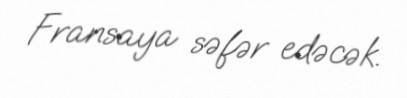
Fransaya səfər edəcək.